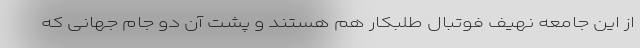
از این جامعه نهیف فوتبال طلبکار هم هستند و پشت آن دو جام جهانی که